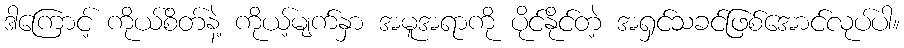
ဒါကြောင့် ကိုယ်စိတ်နဲ့ ကိုယ့်မျက်နှာ အမူအရာကို ပိုင်နိုင်တဲ့ အရှင်သခင်ဖြစ်အောင်လုပ်ပါ။